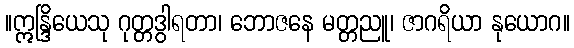
။ဣန္ဒြိယေသု ဂုတ္တဒွါရတာ၊ ဘောဇနေ မတ္တညူ၊ ဇာဂရိယာ နုယောဂ။